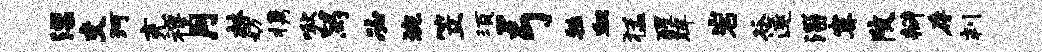
漂交珂充穆月林妨携啾舄必琬笠须弓牲血猛醒眸岩谷遂淄寞陂瓣存判